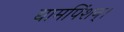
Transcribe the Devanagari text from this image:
द्यामपिंशन्।